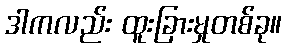
ဒါကလည်း ထူးခြားမှုတစ်ခု။